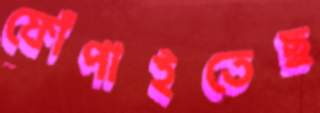
ফোঁপাইতেছ